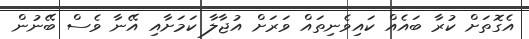
އެގޮތަށް ކުރާ ބައެއް ކައިވެނިތައް ވަރަށް އުޖާލާ ކަމަށާއި އޭނާ ވެސް ބޭނުން